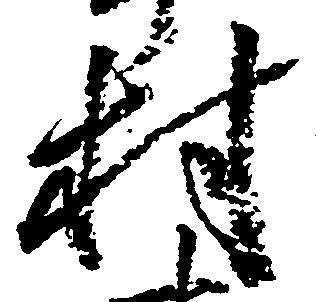
村